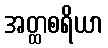
အတ္ထစရိယာ